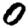
Digit: 0